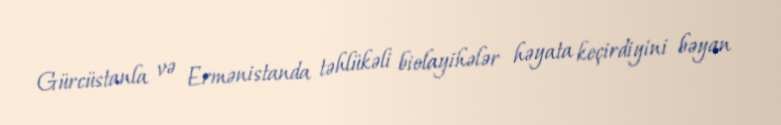
Gürcüstanla və Ermənistanda təhlükəli biolayihələr həyata keçirdiyini bəyan